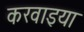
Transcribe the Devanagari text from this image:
करवाइया